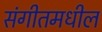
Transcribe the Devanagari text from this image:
संगीतमधील